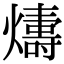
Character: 𤐭